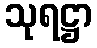
သုရဋ္ဌာ